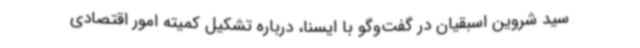
سید شروین اسبقیان در گفت‌وگو با ایسنا، درباره تشکیل کمیته امور اقتصادی